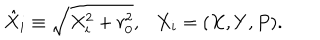
LaTeX: \hat { X } _ { i } \equiv \sqrt { X _ { i } ^ { 2 } + r _ { 0 } ^ { 2 } } , \ \ \ X _ { i } = ( X , Y , P ) .